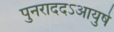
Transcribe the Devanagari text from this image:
पुनराददऽआयुषे